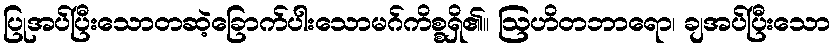
ပြုအပ်ပြီးသောတဆဲ့ခြောက်ပါးသောမဂ်ကိစ္စရှိ၏။ ဩဟိတဘာရော၊ ချအပ်ပြီးသော